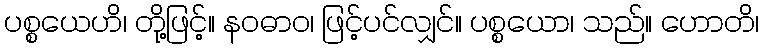
ပစ္စယေဟိ၊ တို့ဖြင့်။ နဝဓာဝ၊ ဖြင့်ပင်လျှင်။ ပစ္စယော၊ သည်။ ဟောတိ၊